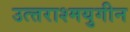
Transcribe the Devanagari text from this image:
उत्त्तराश्मयुगीन